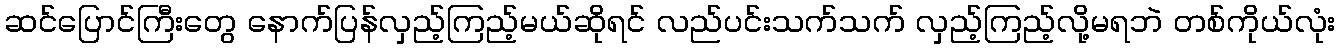
ဆင်ပြောင်ကြီးတွေ နောက်ပြန်လှည့်ကြည့်မယ်ဆိုရင် လည်ပင်းသက်သက် လှည့်ကြည့်လို့မရဘဲ တစ်ကိုယ်လုံး